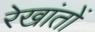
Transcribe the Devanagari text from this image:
रेखांतों